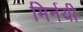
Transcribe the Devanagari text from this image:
मिर्नयी